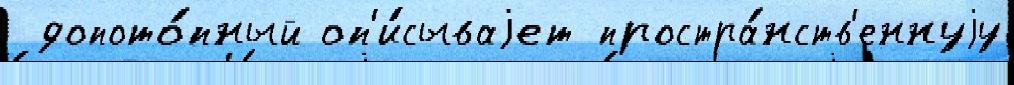
 допото́пный оп'и́сываjет простра́нств'еннуjу